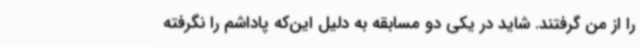
را از من گرفتند. شاید در یکی دو مسابقه به دلیل این‌که پاداشم را نگرفته